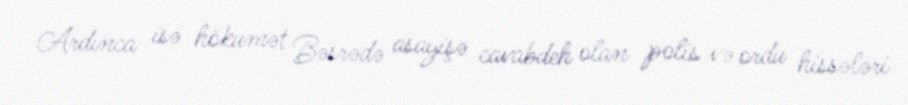
Ardınca isə hökumət Bəsrədə asayişə cavabdeh olan polis və ordu hissələri